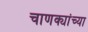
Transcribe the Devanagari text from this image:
चाणक्यांच्या